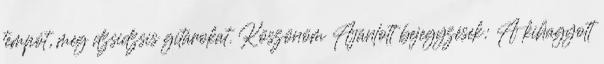
tempót, meg dzsidzsis gitárokat. Köszönöm Ajánlott bejegyzések: A kihagyott